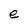
Character: e